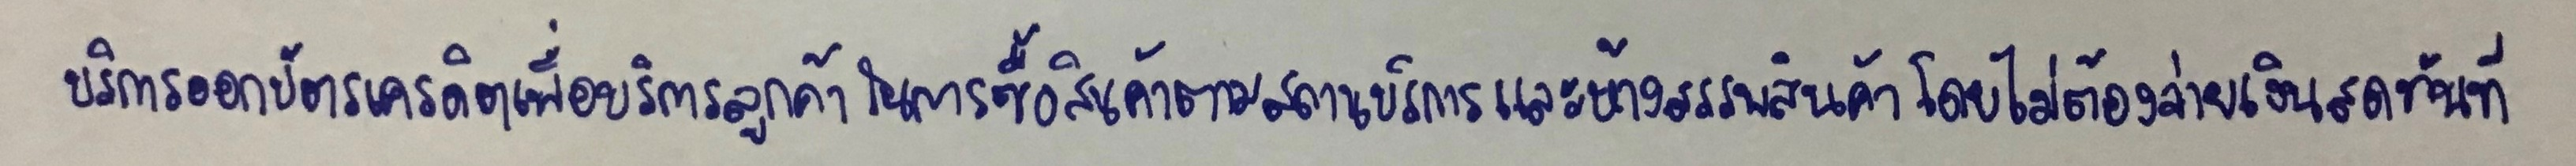
บริการออกบัตรเครดิตเพื่อบริการลูกค้าในการซื้อสินค้าตามสถานบริการและห้างสรรพสินค้าโดยไม่ต้องจ่ายเงินสดทันที